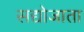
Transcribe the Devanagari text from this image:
सद्योजाता